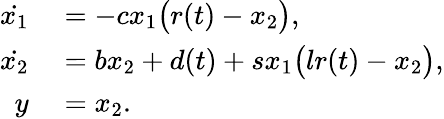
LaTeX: \begin{array}{rl}{\dot{x_{1}}}&{{}=-cx_{1}\big(r(t)-x_{2}\big),}\\ {\dot{x_{2}}}&{{}=bx_{2}+d(t)+sx_{1}\big(lr(t)-x_{2}\big),}\\ {y}&{{}=x_{2}.}\end{array}